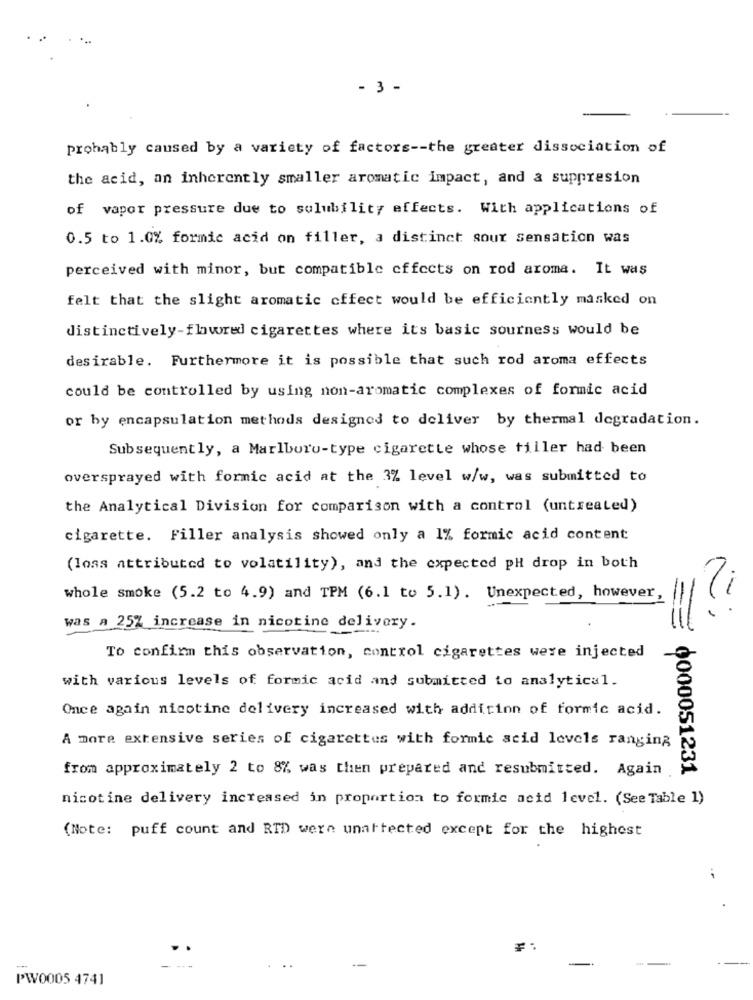
- 3 -
probably caused by a variety of factors -- the greater dissociation of
the acid, an inherently smaller aromatic impact, and a suppresion
of vapor pressure due to solubility effects. With applications of
0.5 to 1.0% formic acid on filler, a distinct sour sensation was
perceived with minor, but compatible effects on rod aroma. It was
felt that the slight aromatic offect would be efficiently masked on
distinctively-flavored cigarettes where its basic sourness would be
desirable. Furthermore it is possible that such rod aroma effects
could be controlled by using non-aromatic complexes of formic acid
or by encapsulation methods designed to deliver by thermal degradation.
Subsequently, a Marlboro-type cigarette whose tiller had been
oversprayed with formic acid at the 3% level w/w, was submitted to
the Analytical Division for comparison with a control (untreated)
cigarette. Filler analysis showed only a 1% formic acid content
(loss attributed to volatility), and the expected pH drop in both
whole smoke (5.2 to 4.9) and TPM (6.1 to 5.1). Unexpected, however,
was a 25% increase in nicotine delivery.
To confirm this observation, control cigarettes were injected
with various levels of formic acid and submitted to analytical.
Once again nicotine delivery increased with addition of formic acid.
A more extensive series of cigarettes with formic acid levels ranging
from approximately 2 to 8% was then prepared and resubmitted. Again
0000051231
nicotine delivery increased in proportion to formic acid level. (See Table 1)
(Note: puff count and RTD were unattected except for the highest
-
PW0005 4741